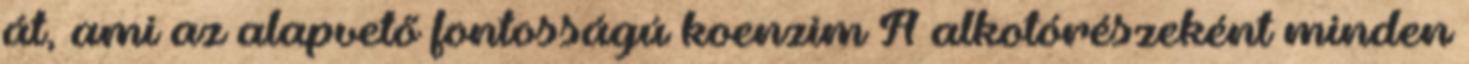
át, ami az alapvető fontosságú koenzim A alkotórészeként minden